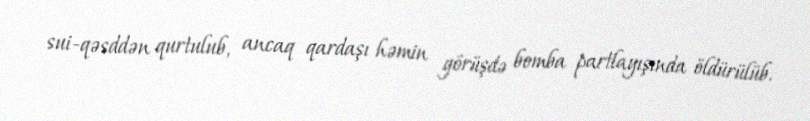
sui-qəsddən qurtulub, ancaq qardaşı həmin görüşdə bomba partlayışında öldürülüb.